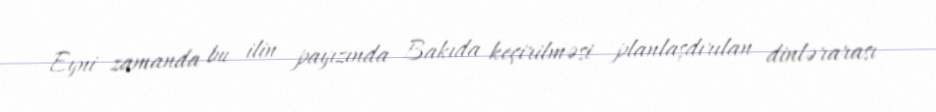
Eyni zamanda bu ilin payızında Bakıda keçirilməsi planlaşdırılan dinlərarası